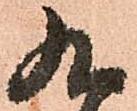
九